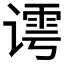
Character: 𰶀